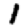
Digit: 1